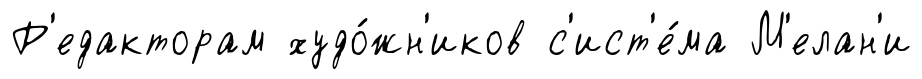
Р'едакторам худо́жн'иков с'ист'е́ма М'елан'и